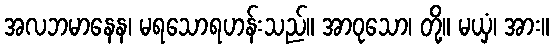
အလဘမာနေန၊ မရသောရဟန်းသည်။ အာဝုသော၊ တို့။ မယှံ၊ အား။